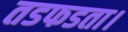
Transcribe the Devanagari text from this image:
तडफडता।